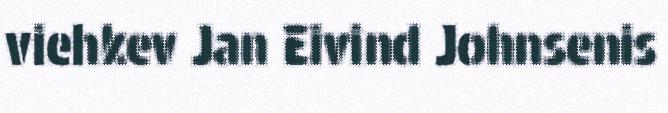
viehkev Jan Eivind Johnsenis